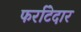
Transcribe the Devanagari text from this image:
फर्राटेदार